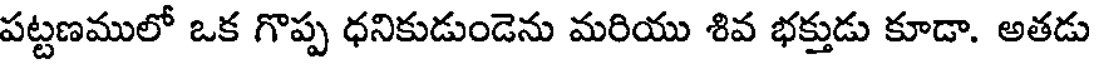
పట్టణములో ఒక గొప్ప ధనికుడుండెను మరియు శివ భక్తుడు కూడా. అతడు